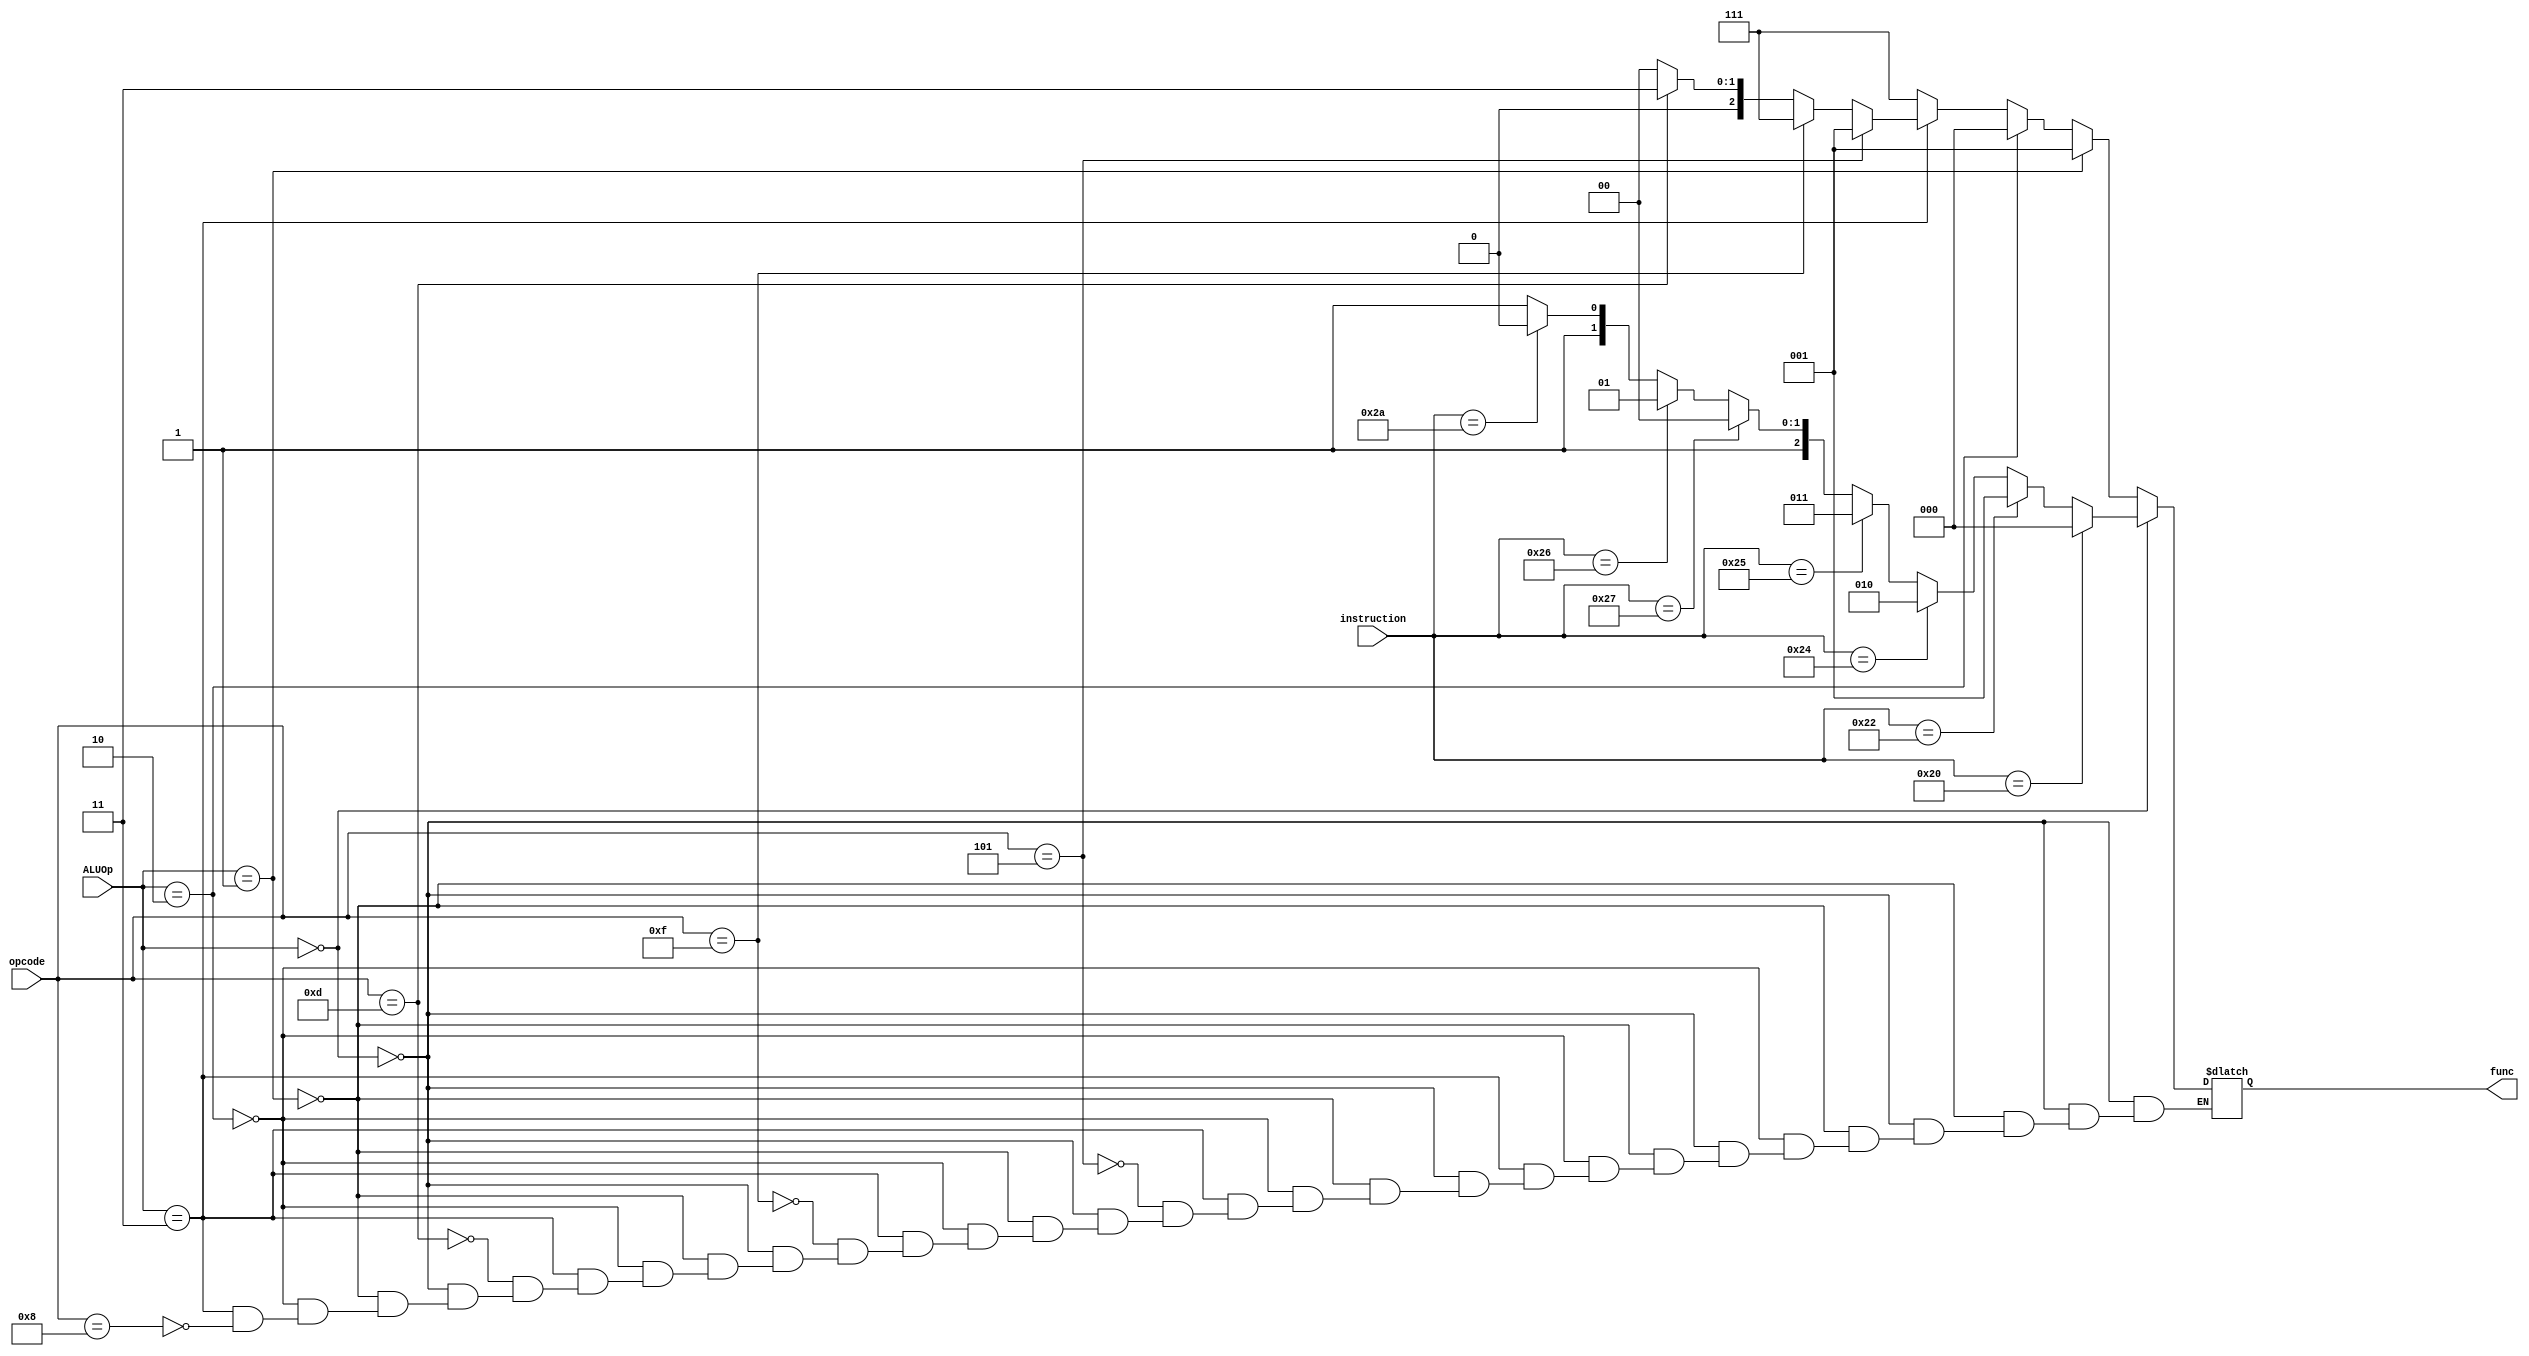
`timescale 1ns / 1ns

module ALU_control(
	 input [5:0] instruction,
	 input [1:0] ALUOp,
	 output reg [2:0] func,
	 input [5:0] opcode
    );

 always @(*) begin
	if (ALUOp == 2'b00) begin  
		if (instruction == 6'h20) 
		func = 3'd0;
		else if (instruction == 6'h22)
		func = 3'd1;
		else if (instruction == 6'h24)
		func = 3'd2;
		else if (instruction == 6'h25)
		func = 3'd3;
		else if (instruction == 6'h27)
		func = 3'd4;
		else if (instruction == 6'h26)
		func = 3'd5;
		else if (instruction == 6'h2a)
		func = 3'd6;
		else
		func = 3'd7;
	end else if (ALUOp == 2'b01) begin
		func = 3'd1;
	end else if (ALUOp == 2'b10) begin
		func = 3'd0;
	end else if (ALUOp == 2'b11) begin
		if(opcode == 6'b00_1000)
		      func = 3'd0;
		if(opcode == 6'b00_1101)
		      func = 3'd3;
		if(opcode == 6'b00_1111)
		      func = 3'd7;
		if(opcode == 6'b00_0101)
		      func = 3'd1;
	end else begin
		func = 3'd7;
	end
   end


endmodule